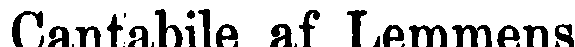
Cantabile af Lemmens